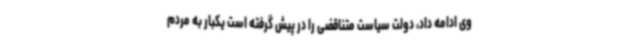
وی ادامه داد، دولت سیاست متناقضی را در پیش گرفته است یکبار به مردم